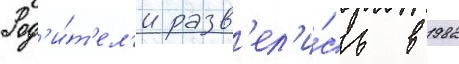
Род'и́т'ел'и разв'ел'и́сь в 1982